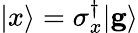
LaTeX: |x\rangle=\sigma_{x}^{\dagger}|\mathbf{g}\rangle